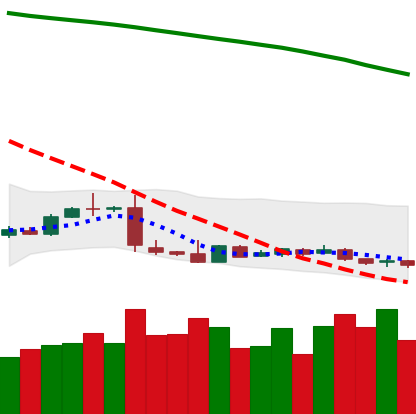
Ticker: XLM-USD
Chart end date: 2019-01-23
Forward return: -14.304%
Label: down_7plus